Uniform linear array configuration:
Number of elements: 16
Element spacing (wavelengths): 0.75
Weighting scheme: uniform
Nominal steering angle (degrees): -60
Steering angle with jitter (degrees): -59.737
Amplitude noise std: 0.05
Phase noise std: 0.05

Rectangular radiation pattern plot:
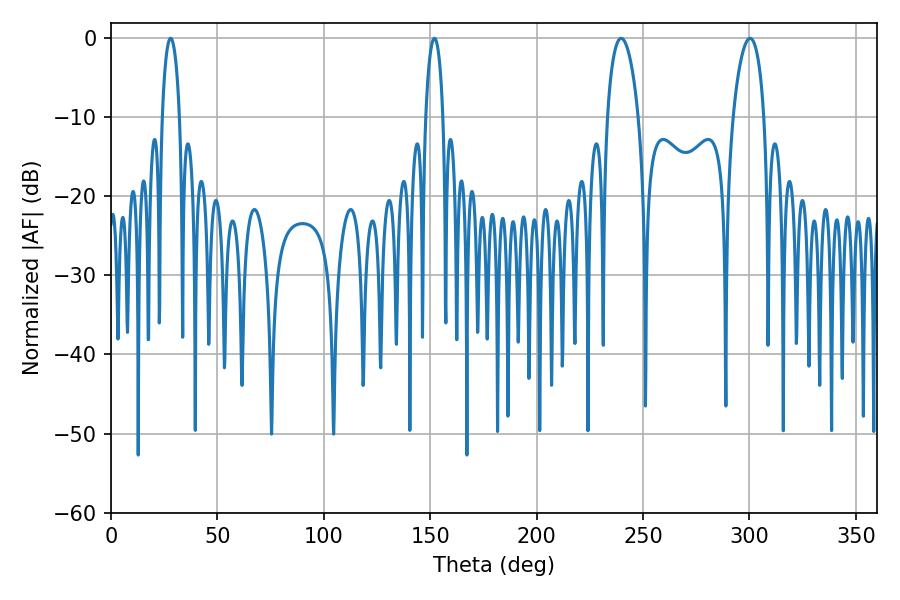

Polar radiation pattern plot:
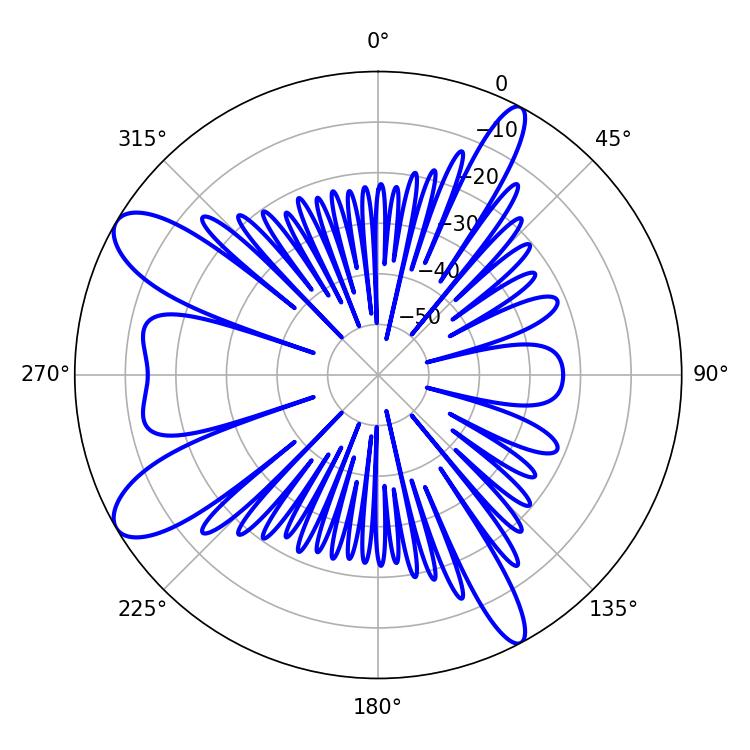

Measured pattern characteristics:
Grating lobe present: TRUE
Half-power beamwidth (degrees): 8.28
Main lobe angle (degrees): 239.76